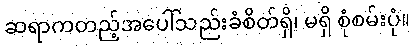
ဆရာကတည့်အပေါ်သည်းခံစိတ်ရှိ၊ မရှိ စုံစမ်းပုံ။